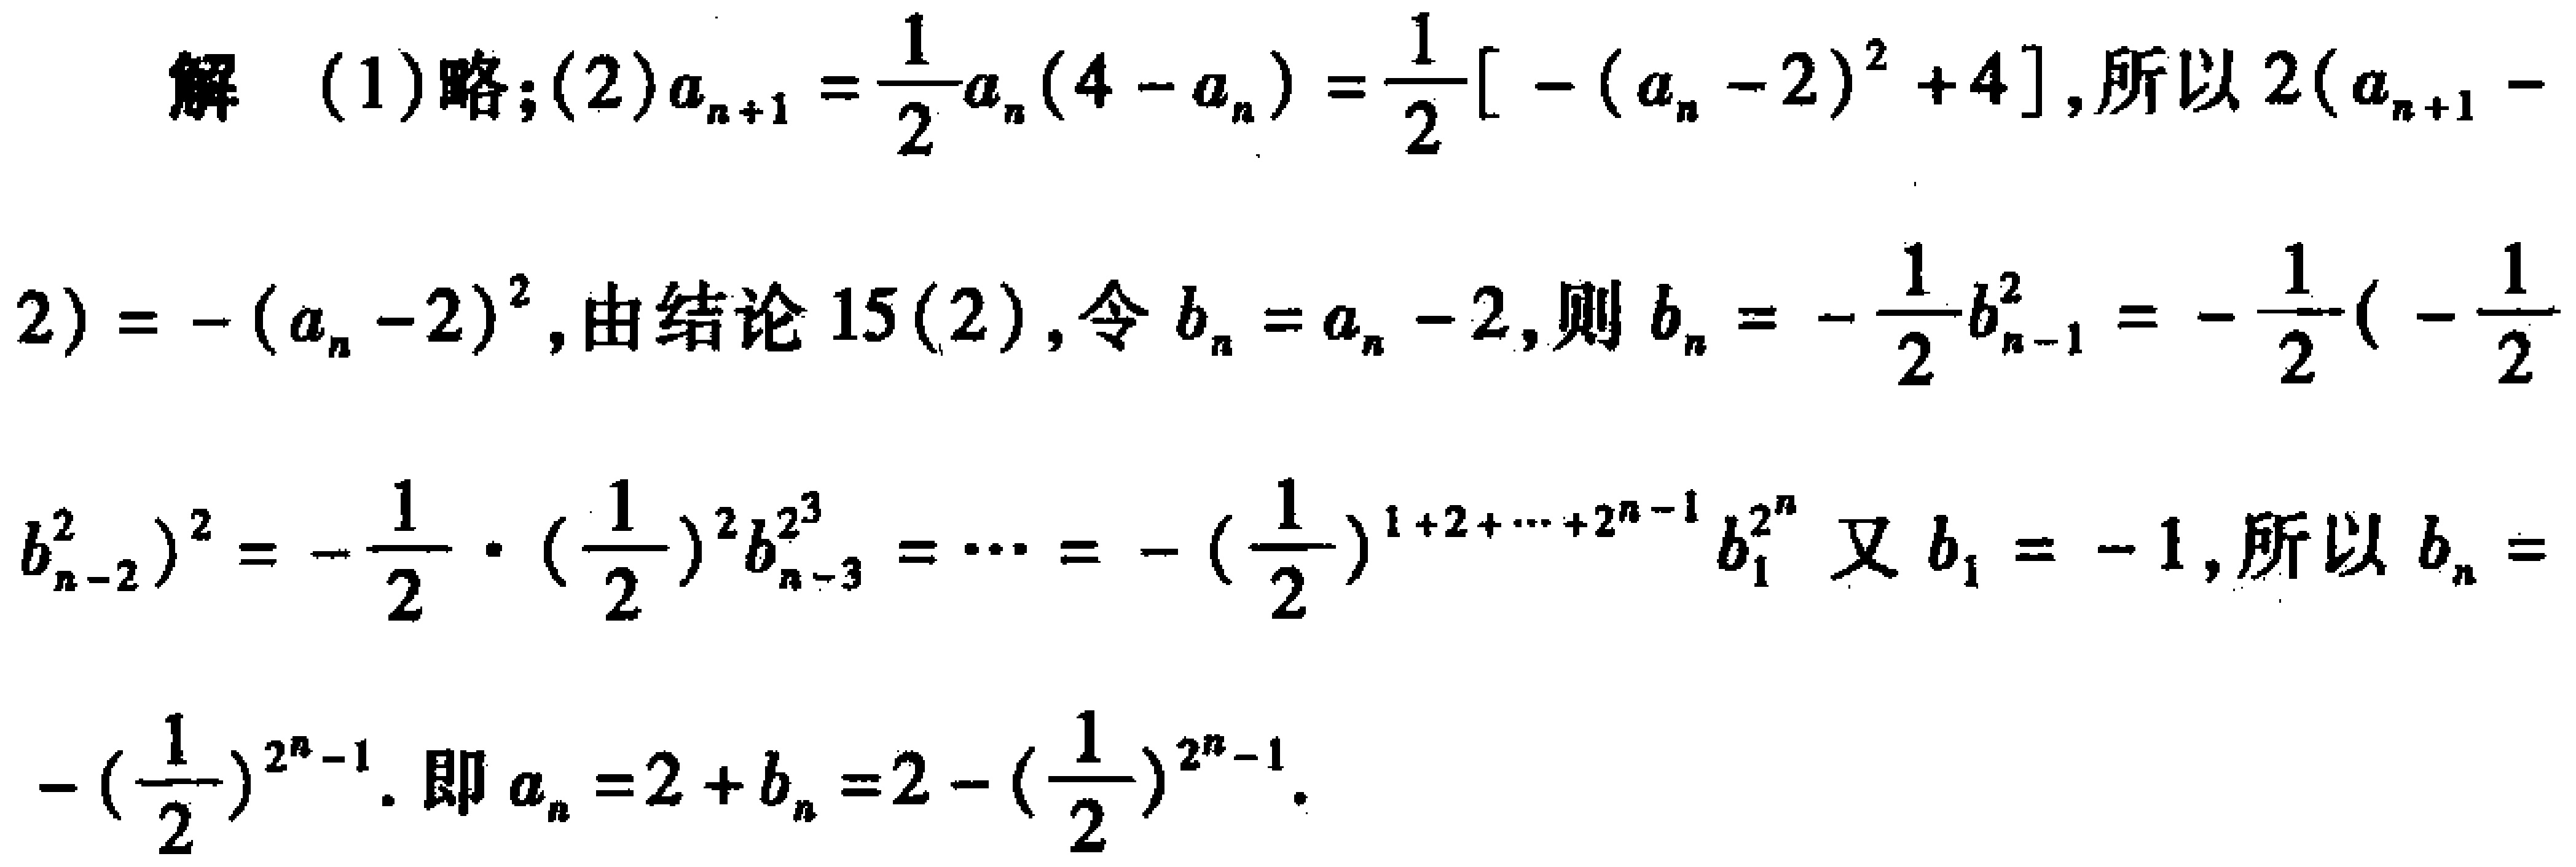
解 (1)略;(2)$a_{n + 1} = \frac{1}{2}a_{n}(4 - a_{n}) = \frac{1}{2}[-(a_{n} - 2)^{2} + 4]$, 所以$2(a_{n + 1} - 2) = -(a_{n} - 2)^{2}$, 由结论 15(2), 令$b_{n} = a_{n} - 2$, 则$b_{n} = -\frac{1}{2}b_{n - 1}^{2} = -\frac{1}{2}(-\frac{1}{2}b_{n - 2}^{2})^{2} = -\frac{1}{2}\cdot(\frac{1}{2})^{2}b_{n - 3}^{2^{3}} = \cdots = -(\frac{1}{2})^{1 + 2 + \cdots + 2^{n - 1}}b_{1}^{2^{n}}$ 又$b_{1} = - 1$, 所以$b_{n} = -(\frac{1}{2})^{2^{n} - 1}$. 即$a_{n} = 2 + b_{n} = 2 - (\frac{1}{2})^{2^{n} - 1}$.